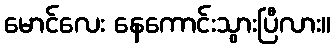
မောင်လေး နေကောင်းသွားပြီလား။